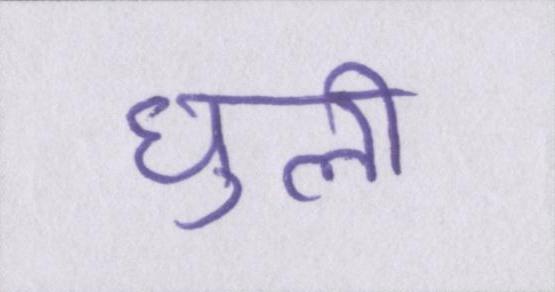
घुली